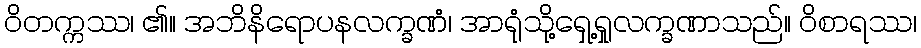
ဝိတက္ကဿ၊ ၏။ အဘိနိရောပနလက္ခဏံ၊ အာရုံသို့ရှေ့ရှုလက္ခဏာသည်။ ဝိစာရဿ၊